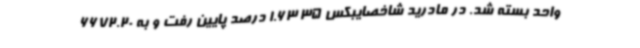
واحد بسته شد. در مادرید شاخصایبکس 35 1.63 درصد پایین رفت و به 6672.20